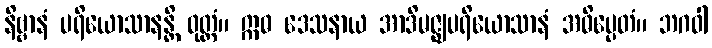
နိဗ္ဗာနံ ပရိယောသာနန္တိ ဝုတ္တံ။ ဣဓ ဒေသနာယ အာဒိမဇ္ဈပရိယောသာနံ အဓိပ္ပေတံ။ ဘဂဝါ